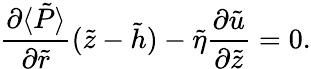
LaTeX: \frac{\partial\langle\tilde{P}\rangle}{\partial\tilde{r}}(\tilde{z}-\tilde{h})-\tilde{\eta}\frac{\partial\tilde{u}}{\partial\tilde{z}}=0.